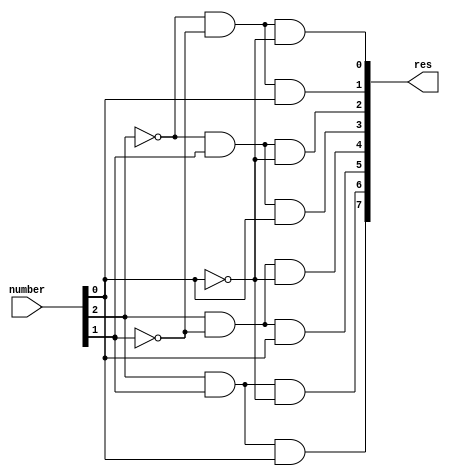
module decoder
(
	input [2:0] number,
	output [7:0] res
);

assign res[0] = (~number[2])&(~number[1])&(~number[0]);
assign res[1] = (~(number[2])&~(number[1])&(number[0]));
assign res[2] = (~(number[2])&(number[1])&~(number[0]));
assign res[3] = (~(number[2])&(number[1])&(number[0]));
assign res[4] = ((number[2])&~(number[1])&~(number[0]));
assign res[5] = ((number[2])&~(number[1])&(number[0]));
assign res[6] = ((number[2])&(number[1])&~(number[0]));
assign res[7] = ((number[2])&(number[1])&(number[0]));

endmodule